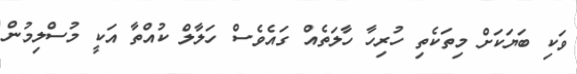
ވަކި ބަޔަކަށް މިތަކެތި ހުރިހާ ހާލަތެއް ގައެވެސް ހަލާލް ކުއްތާ އަކީ މުސްލިމުން